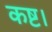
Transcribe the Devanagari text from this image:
कष्ट।